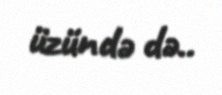
üzündə də..